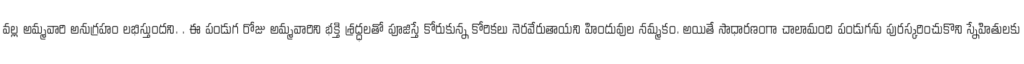
వల్ల అమ్మవారి అనుగ్రహం లభిస్తుందని. . ఈ పండుగ రోజు అమ్మవారిని భక్తి శ్రద్ధలతో పూజిస్తే కోరుకున్న కోరికలు నెరవేరుతాయని హిందువుల నమ్మకం. అయితే సాధారణంగా చాలామంది పండుగను పురస్కరించుకొని స్నేహితులకు